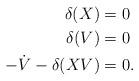
LaTeX: \begin{align*}\delta(X)&=0\\\delta(V)&=0\\-\dot{V}-\delta(XV)&=0.\end{align*}